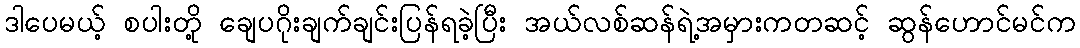
ဒါပေမယ့် စပါးတို့ ချေပဂိုးချက်ချင်းပြန်ရခဲ့ပြီး အယ်လစ်ဆန်ရဲ့အမှားကတဆင့် ဆွန်ဟောင်မင်က